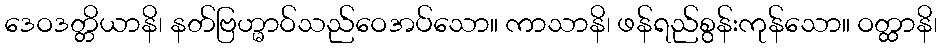
ဒေဝဒတ္တိယာနိ၊ နတ်ဗြဟ္မာဝ်သည်ဝေအပ်သော။ ကာသာနိ၊ ဖန်ရည်စွန်းကုန်သော။ ဝတ္ထာနိ၊